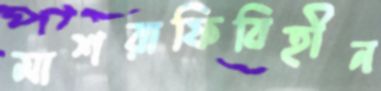
মাশরাফিবিহীন